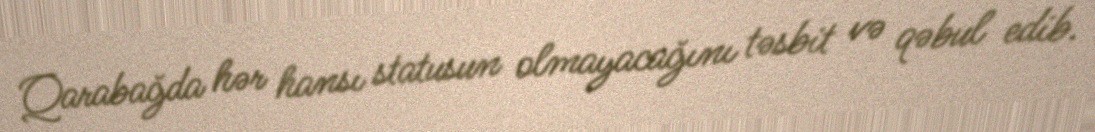
Qarabağda hər hansı statusun olmayacağını təsbit və qəbul edib.